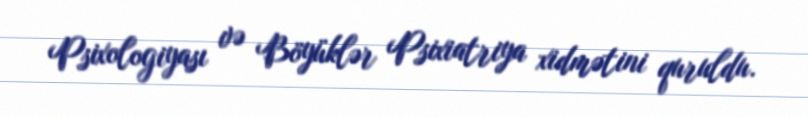
Psixologiyası və Böyüklər Psixiatriya xidmətini quruldu.